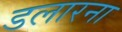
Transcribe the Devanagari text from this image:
डलारना